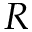
R